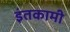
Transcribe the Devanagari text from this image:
इंतकामी